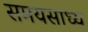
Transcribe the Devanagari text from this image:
समयसाध्य